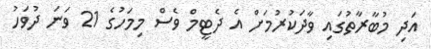
އަދި މުބާރާތުގައި ވާދަކުރުމަށް އެ ދެޓީމް ވެސް މިމަހުގެ 21 ވަނަ ދުވަހު